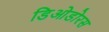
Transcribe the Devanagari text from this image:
डिओडोरस